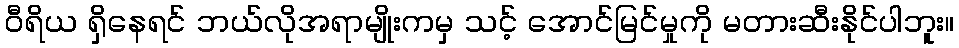
ဝီရိယ ရှိနေရင် ဘယ်လိုအရာမျိုးကမှ သင့် အောင်မြင်မှုကို မတားဆီးနိုင်ပါဘူး။